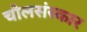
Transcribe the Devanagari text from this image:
चौलसंस्कार